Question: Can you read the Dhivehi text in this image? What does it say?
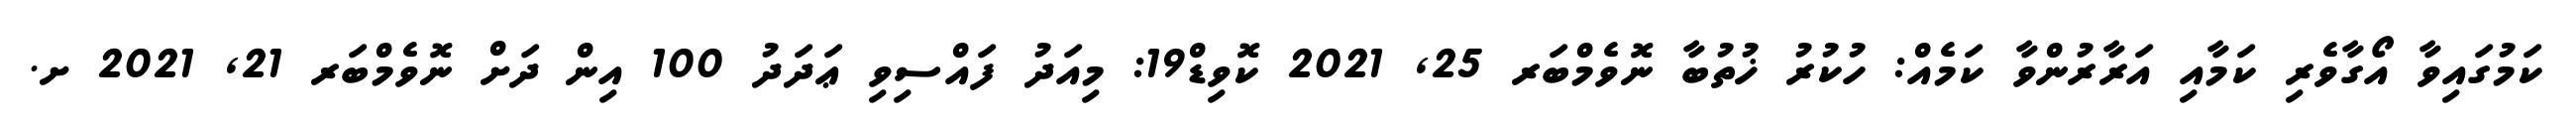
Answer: ކަމުގައިވާ އޯގާވެރި ކަމާއި އަރާރުންވާ ކަމެއް: ހުކުރު ޚުތުބާ ނޮވެމްބަރ 25, 2021 ކޮވިޑް19: މިއަދު ފައްސިވި ޢަދަދު 100 އިން ދަށް ނޮވެމްބަރ 21, 2021 ށ.